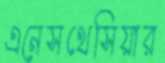
এনেসথেসিয়ার